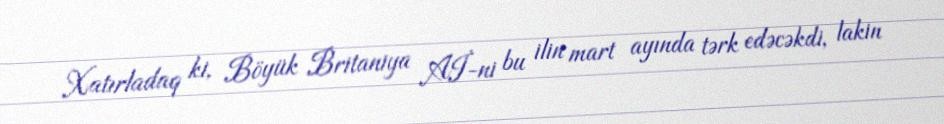
Xatırladaq ki, Böyük Britaniya Aİ-ni bu ilin mart ayında tərk edəcəkdi, lakin